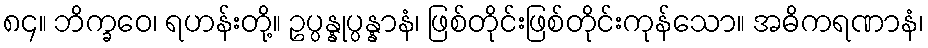
၈၄။ ဘိက္ခဝေ၊ ရဟန်းတို့။ ဥပ္ပန္နုပ္ပန္နာနံ၊ ဖြစ်တိုင်းဖြစ်တိုင်းကုန်သော။ အဓိကရဏာနံ၊